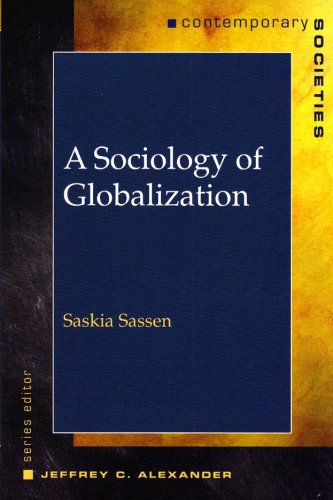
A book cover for A Sociology of Globalization (Contemporary Societies Series); Saskia Sassen; Politics & Social Sciences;